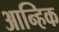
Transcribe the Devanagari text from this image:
आन्हिक